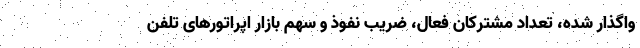
واگذار شده، تعداد مشترکان فعال، ضریب نفوذ و سهم بازار اپراتورهای تلفن